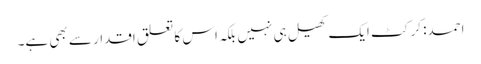
احمد: کرکٹ ایک کھیل ہی نہیں بلکہ اس کا تعلق اقدار سے بھی ہے۔